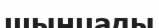
шыңцады